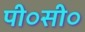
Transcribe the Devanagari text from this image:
पी०सी०